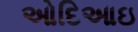
ઓદિઆઇ